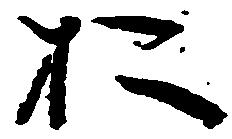
お